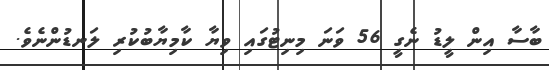
ބާސާ އިން ލީޑު ނެގީ 56 ވަނަ މިނިޓުގައި ވިޔާ ކާމިޔާބުކުރި ލަނޑުންނެވެ.